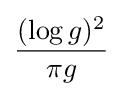
{\frac {(\log g)^{2}}{\pi g}}